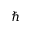
\hbar